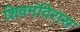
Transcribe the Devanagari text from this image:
शिवमंदिरास